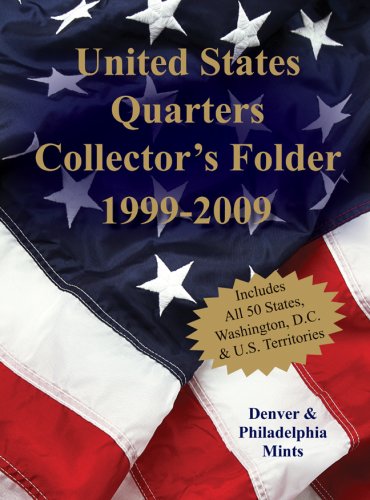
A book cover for United States Quarters Collector's Folder 1999-2009: Denver & Philadelphia Mints; Crafts, Hobbies & Home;